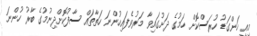
މިއީ ހަންގަޑު ހުރަސްކޮށް ހަމުގެ ދަށުގައިވާ މަރުވެފައިހުންނަ ހަތާތައް ސާފުކޮށްދިނުމުގެ ބާރު ހުންނަ